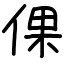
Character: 倮